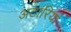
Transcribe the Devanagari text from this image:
अटारियां